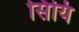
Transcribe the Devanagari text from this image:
सियि